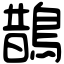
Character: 鵲